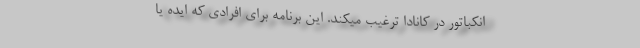
انکباتور در کانادا ترغیب میکند. این برنامه برای افرادی که ایده یا